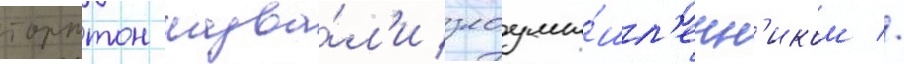
торнтон назва́л'и злоумы́шл'енн'иком //